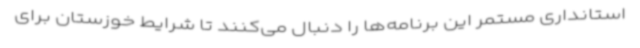
استانداری مستمر این برنامه‌ها را دنبال می‌کنند تا شرایط خوزستان برای